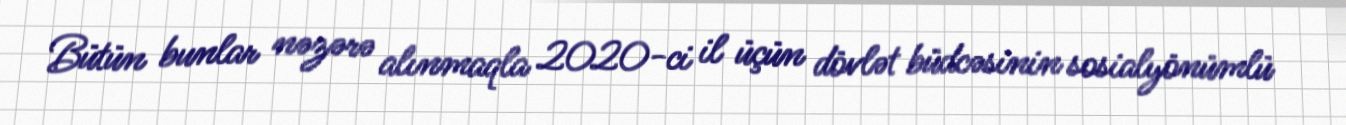
Bütün bunlar nəzərə alınmaqla 2020-ci il üçün dövlət büdcəsinin sosialyönümlü